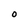
Character: O